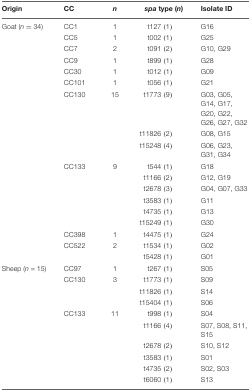
<table><thead><tr><td><b>Origin</b></td><td><b>CC</b></td><td><b><i>n</i></b></td><td><b><i>spa</i> type (<i>n</i>)</b></td><td><b>Isolate ID</b></td></tr></thead><tbody><tr><td>Goat (<i>n</i> = 34)</td><td>CC1</td><td>1</td><td>t127 (1)</td><td>G16</td></tr><tr><td></td><td>CC5</td><td>1</td><td>t002 (1)</td><td>G25</td></tr><tr><td></td><td>CC7</td><td>2</td><td>t091 (2)</td><td>G10, G29</td></tr><tr><td></td><td>CC9</td><td>1</td><td>t899 (1)</td><td>G28</td></tr><tr><td></td><td>CC30</td><td>1</td><td>t012 (1)</td><td>G09</td></tr><tr><td></td><td>CC101</td><td>1</td><td>t056 (1)</td><td>G21</td></tr><tr><td></td><td>CC130</td><td>15</td><td>t1773 (9)</td><td>G03, G05, G14, G17, G20, G22, G26, G27, G32</td></tr><tr><td></td><td></td><td></td><td>t11826 (2)</td><td>G08, G15</td></tr><tr><td></td><td></td><td></td><td>t15248 (4)</td><td>G06, G23, G31, G34</td></tr><tr><td></td><td>CC133</td><td>9</td><td>t544 (1)</td><td>G18</td></tr><tr><td></td><td></td><td></td><td>t1166 (2)</td><td>G12, G19</td></tr><tr><td></td><td></td><td></td><td>t2678 (3)</td><td>G04, G07, G33</td></tr><tr><td></td><td></td><td></td><td>t3583 (1)</td><td>G11</td></tr><tr><td></td><td></td><td></td><td>t4735 (1)</td><td>G13</td></tr><tr><td></td><td></td><td></td><td>t15249 (1)</td><td>G30</td></tr><tr><td></td><td>CC398</td><td>1</td><td>t4475 (1)</td><td>G24</td></tr><tr><td></td><td>CC522</td><td>2</td><td>t1534 (1)</td><td>G02</td></tr><tr><td></td><td></td><td></td><td>t5428 (1)</td><td>G01</td></tr><tr><td>Sheep (<i>n</i> = 15)</td><td>CC97</td><td>1</td><td>t267 (1)</td><td>S05</td></tr><tr><td></td><td>CC130</td><td>3</td><td>t1773 (1)</td><td>S09</td></tr><tr><td></td><td></td><td></td><td>t11826 (1)</td><td>S14</td></tr><tr><td></td><td></td><td></td><td>t15404 (1)</td><td>S06</td></tr><tr><td></td><td>CC133</td><td>11</td><td>t998 (1)</td><td>S04</td></tr><tr><td></td><td></td><td></td><td>t1166 (4)</td><td>S07, S08, S11, S15</td></tr><tr><td></td><td></td><td></td><td>t2678 (2)</td><td>S10, S12</td></tr><tr><td></td><td></td><td></td><td>t3583 (1)</td><td>S01</td></tr><tr><td></td><td></td><td></td><td>t4735 (2)</td><td>S02, S03</td></tr><tr><td></td><td></td><td></td><td>t6060 (1)</td><td>S13</td></tr></tbody></table>